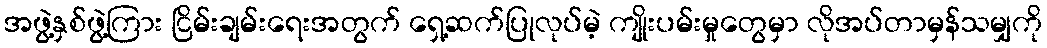
အဖွဲ့နှစ်ဖွဲ့ကြား ငြိမ်းချမ်းရေးအတွက် ရှေ့ဆက်ပြုလုပ်မဲ့ ကျိုးပမ်းမှုတွေမှာ လိုအပ်တာမှန်သမျှကို